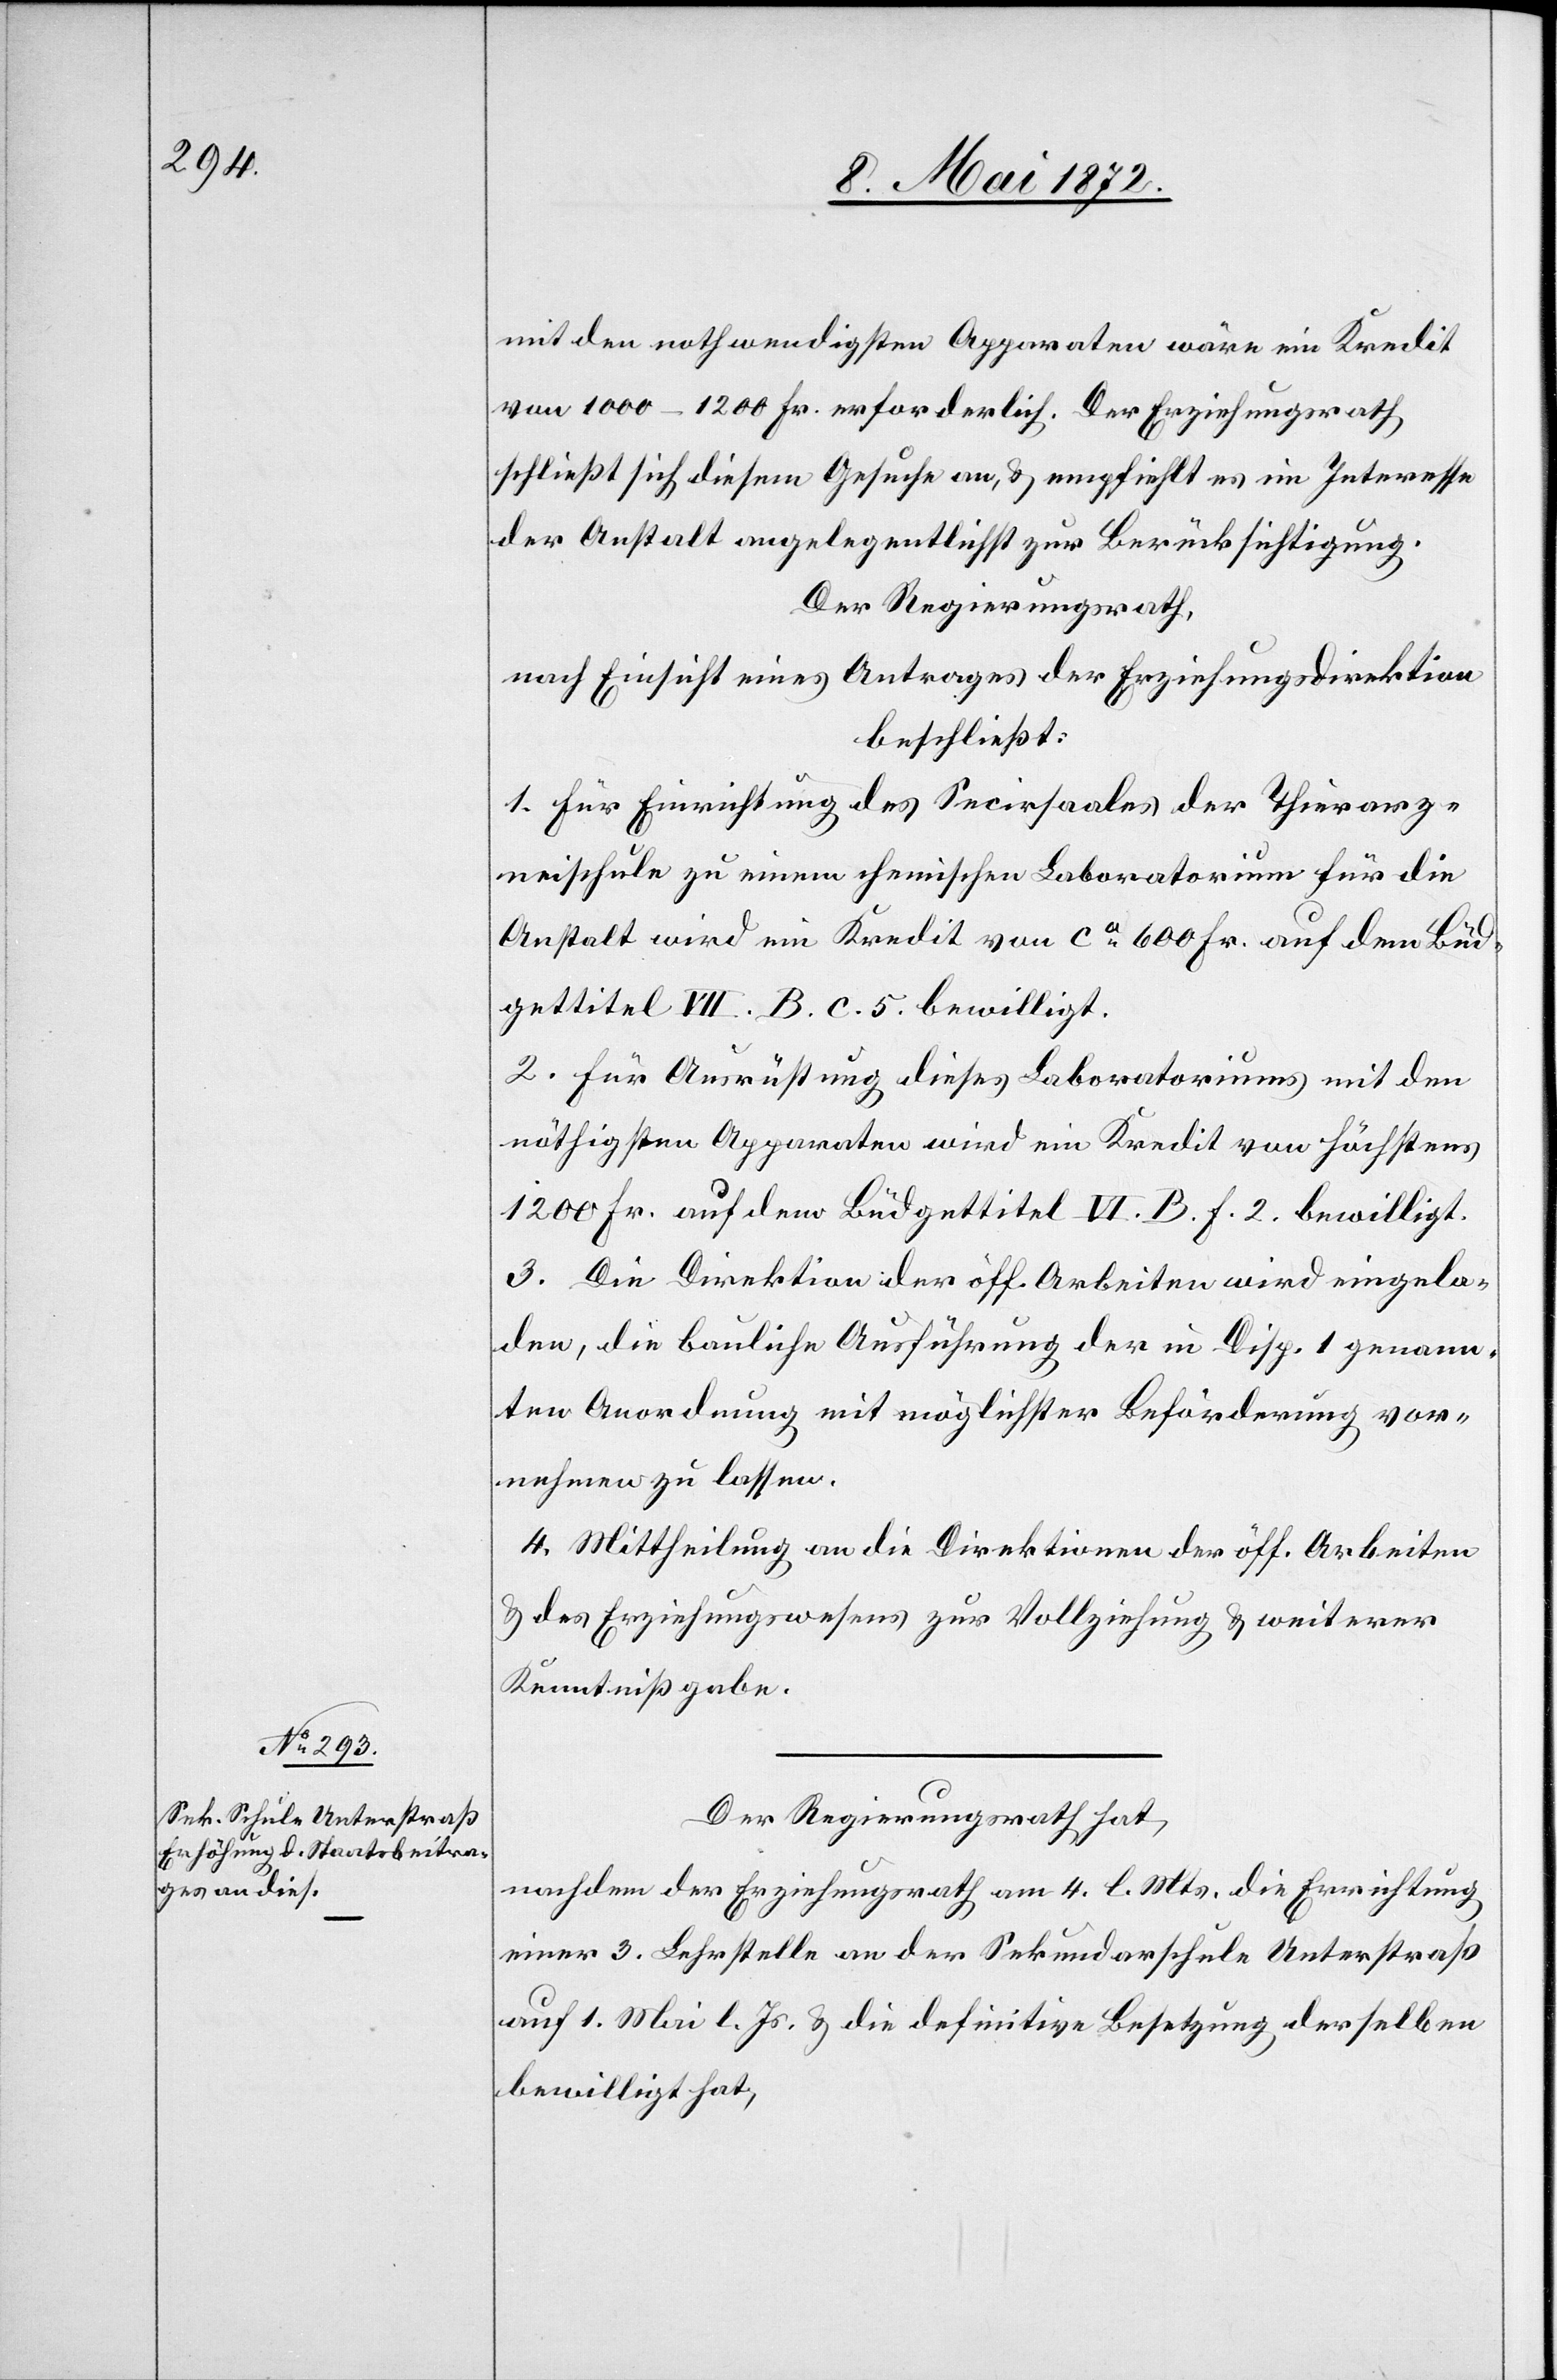
mit den nothwendigsten Apparaten wäre ein Kredit
von 1000–1200 Fr. erforderlich. Der Erziehungsrath
schließt sich diesem Gesuche an, u. empfiehlt es im Interesse
der Anstalt angelegentlichst zur Berücksichtigung.
Der Regierungsrath,
nach Einsicht eines Antrages der Erziehungsdirektion
beschließt:
1. Für Einrichtung des Secirsaales der Thierarz¬
neischule zu einem chemischen Laboratorium für die
Anstalt wird ein Kredit von ca 600 Fr. auf dem Büd¬
gettitel VII. B. c. 5. bewilligt.
2. Für Ausrüstung dieses Laboratoriums mit den
nöthigsten Apparaten wird ein Kredit von höchstens
1200 Fr. auf dem Büdgettitel VI. B. f. 2. bewilligt.
3. Die Direktion der öff. Arbeiten wird eingela¬
den, die bauliche Ausführung der in Disp. 1 genann¬
ten Anordnung mit möglichster Beförderung vor¬
nehmen zu lassen.
4. Mittheilung an die Direktion der öff. Arbeiten
u. des Erziehungswesens zur Vollziehung u. weiterer
Kenntnißgabe.
Der Regierungsrath hat,
nachdem der Erziehungsrath am 4. l. Mts. die Errichtung
einer 3. Lehrstellte an der Sekundarschule Unterstraß
auf 1. Mai l. Js. u. die definitive Besetzung derselben
bewilligt hat,